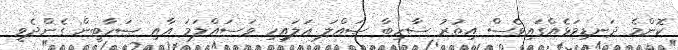
ކޮންމެ ދަނޑިވަޅެއްގައިވެސް އިތުރު ސާހިބާ ޞައްލަ ޢަލައިހި ވަސައްލަމަ އާއި ޞަހާބީން ގެންދެވީ